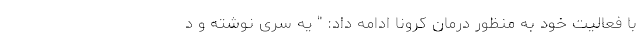
با فعالیت خود به منظور درمان کرونا ادامه داد: " یه سری نوشته وُ د